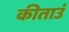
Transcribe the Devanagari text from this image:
कीताउं